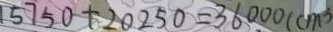
1 5 7 5 0 + 2 0 2 5 0 = 3 6 0 0 0 ( c m ^ { 3 } )